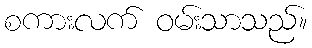
စကားလက် ဝမ်းသာသည်။